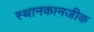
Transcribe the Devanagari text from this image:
स्थानकानजीक